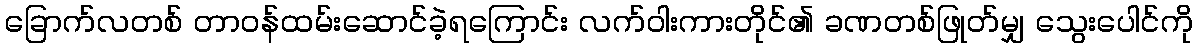
ခြောက်လတစ် တာဝန်ထမ်းဆောင်ခဲ့ရကြောင်း လက်ဝါးကားတိုင်၏ ခဏတစ်ဖြုတ်မျှ သွေးပေါင်ကို